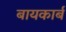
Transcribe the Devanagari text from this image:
बायकार्ब